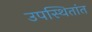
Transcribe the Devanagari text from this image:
उपस्थितांत